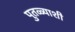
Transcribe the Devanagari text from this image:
पुतळ्याशी